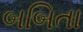
બબિતા